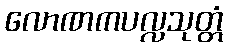
လောဏကပလ္လသုတ္တံ